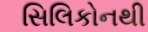
સિલિકોનથી